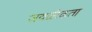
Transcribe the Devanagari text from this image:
जवळीकता